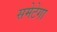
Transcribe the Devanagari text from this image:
समेटेगा